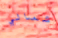
شمالي